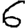
Digit: 6